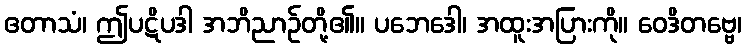
ဧတာသံ၊ ဤပဋိပဒါ အဘိညာဉ်တို့၏။ ပဘေဒေါ၊ အထူးအပြားကို။ ဝေဒိတဗ္ဗေ၊